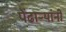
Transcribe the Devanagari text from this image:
पेंढाऱ्यांनी